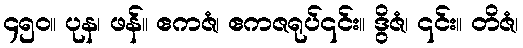
၄၅၀။ ပုန၊ ဖန်။ ဧကဇံ၊ ဧကဇရုပ်၎င်း။ ဒွိဇံ၊ ၎င်း။ တိဇံ၊